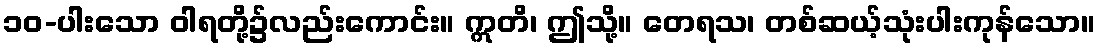
၁၀-ပါးသော ဝါရတို့၌လည်းကောင်း။ ဣတိ၊ ဤသို့။ တေရသ၊ တစ်ဆယ့်သုံးပါးကုန်သော။